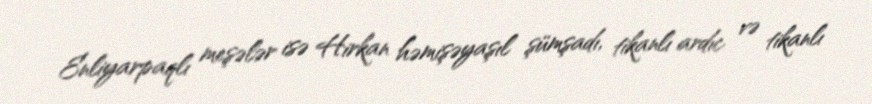
Enliyarpaqlı meşələr isə Hirkan həmişəyaşıl şümşadı, tikanlı ardıc və tikanlı